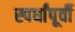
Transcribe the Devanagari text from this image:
स्पर्धांपूर्वी